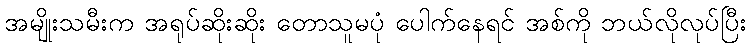
အမျိုးသမီးက အရုပ်ဆိုးဆိုး တောသူမပုံ ပေါက်နေရင် အစ်ကို ဘယ်လိုလုပ်ပြီး